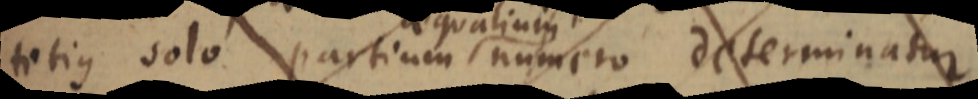
totius solo partium numero determinatur